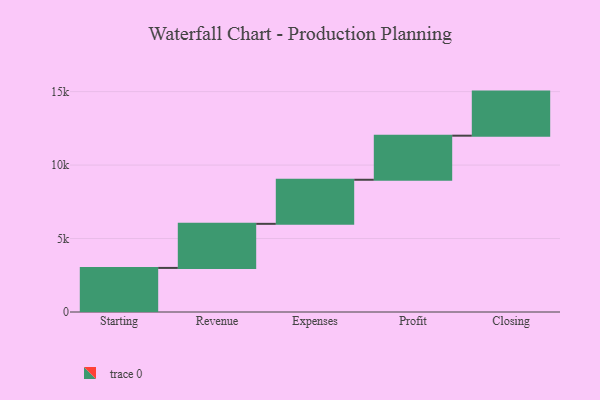
{"axis": {"x": "Step", "y": "Value"}, "legend": [""], "data": [{"x": "Starting", "y": 3000, "type": ""}, {"x": "Revenue", "y": 3000, "type": ""}, {"x": "Expenses", "y": 3000, "type": ""}, {"x": "Profit", "y": 3000, "type": ""}, {"x": "Closing", "y": 3000, "type": ""}]}